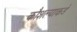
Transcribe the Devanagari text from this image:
कौशल्याकडे